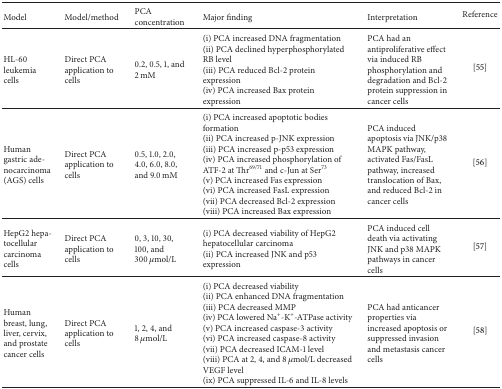
<table><thead><tr><td><b>Model</b></td><td><b>Model/method</b></td><td><b>PCA concentration</b></td><td><b>Major finding</b></td><td><b>Interpretation</b></td><td><b>Reference</b></td></tr></thead><tbody><tr><td>HL-60 leukemia cells</td><td>Direct PCA application to cells</td><td>0.2, 0.5, 1, and 2 mM</td><td>(i) PCA increased DNA fragmentation(ii) PCA declined hyperphosphorylated RB level(iii) PCA reduced Bcl-2 protein expression (iv) PCA increased Bax protein expression</td><td>PCA had an antiproliferative effect via induced RB phosphorylation and degradation and Bcl-2 protein suppression in cancer cells </td><td>[55]</td></tr><tr><td>Human gastric adenocarcinoma (AGS) cells</td><td>Direct PCA application to cells</td><td>0.5, 1.0, 2.0, 4.0, 6.0, 8.0, and 9.0 mM</td><td>(i) PCA increased apoptotic bodies formation(ii) PCA increased p-JNK expression(iii) PCA increased p-p53 expression(iv) PCA increased phosphorylation of ATF-2 at Thr<sup>69/71</sup> and c-Jun at Ser<sup>73</sup> (v) PCA increased Fas expression(vi) PCA increased FasL expression(vii) PCA decreased Bcl-2 expression(viii) PCA increased Bax expression</td><td>PCA induced apoptosis via JNK/p38 MAPK pathway, activated Fas/FasL pathway, increased translocation of Bax, and reduced Bcl-2 in cancer cells</td><td>[56]</td></tr><tr><td>HepG2 hepatocellular carcinoma cells</td><td>Direct PCA application to cells</td><td>0, 3, 10, 30, 100, and 300 <i>μ</i>mol/L</td><td>(i) PCA decreased viability of HepG2 hepatocellular carcinoma(ii) PCA increased JNK and p53 expression</td><td>PCA induced cell death via activating JNK and p38 MAPK pathways in cancer cells</td><td>[57]</td></tr><tr><td>Human breast, lung, liver, cervix, and prostate cancer cells</td><td>Direct PCA application to cells</td><td>1, 2, 4, and 8 <i>μ</i>mol/L</td><td>(i) PCA decreased viability(ii) PCA enhanced DNA fragmentation(iii) PCA decreased MMP(iv) PCA lowered Na<sup>+</sup>-K<sup>+</sup>-ATPase activity(v) PCA increased caspase-3 activity(vi) PCA increased caspase-8 activity(vii) PCA decreased ICAM-1 level(viii) PCA at 2, 4, and 8 <i>μ</i>mol/L decreased VEGF level(ix) PCA suppressed IL-6 and IL-8 levels</td><td>PCA had anticancer properties via increased apoptosis or suppressed invasion and metastasis cancer cells</td><td>[58]</td></tr></tbody></table>